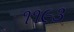
૧૧૯૩